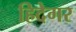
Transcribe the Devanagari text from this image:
हिदेगर